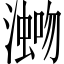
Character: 𪷡